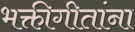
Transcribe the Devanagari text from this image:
भक्तीगीतांना